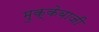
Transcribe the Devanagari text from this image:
मुक्‍केबाजी